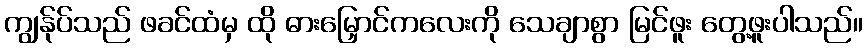
ကျွန်ုပ်သည် ဖခင်ထံမှ ထို ဓားမြှောင်ကလေးကို သေချာစွာ မြင်ဖူး တွေ့ဖူးပါသည်။